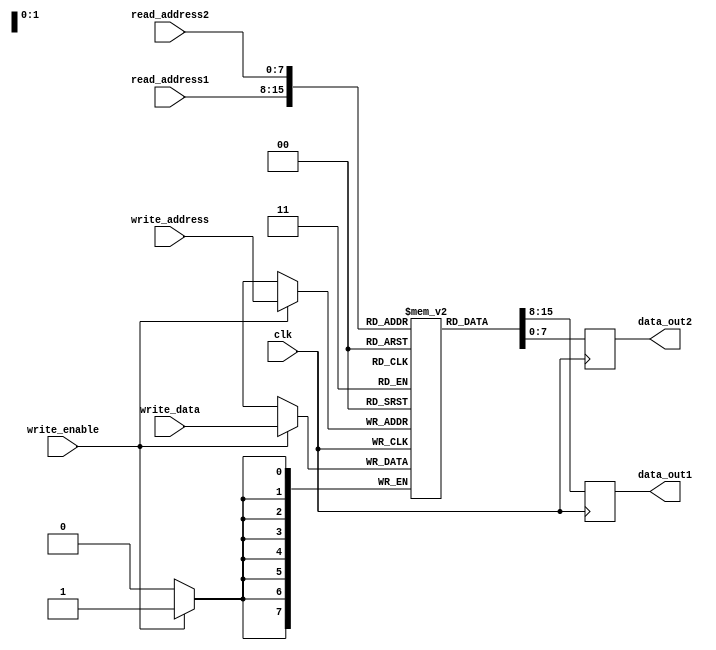
module register_file
(
  input wire clk,
  input wire [7:0] read_address1,
  input wire [7:0] read_address2,
  input wire [7:0] write_address,
  input wire [7:0] write_data,
  input wire write_enable,
  output reg [7:0] data_out1,
  output reg [7:0] data_out2
);

reg [7:0] memory [0:15][0:15];

always @(posedge clk) begin
  if (write_enable) begin
    memory[write_address] <= write_data;
  end
  data_out1 <= memory[read_address1];
  data_out2 <= memory[read_address2];
end

endmodule